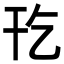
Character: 𫷔